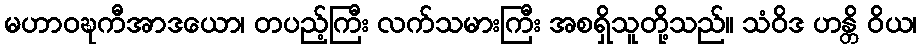
မဟာဝဍ္ဎကီအာဒယော၊ တပည့်ကြီး လက်သမားကြီး အစရှိသူတို့သည်။ သံဝိဒ ဟန္တိ ဝိယ၊